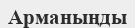
Арманыңды